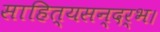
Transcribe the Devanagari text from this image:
साहित्यसन्दर्भ।